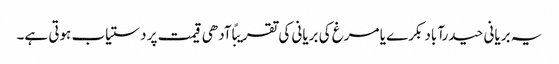
یہ بریانی حیدرآباد بکرے یا مرغ کی بریانی کی تقریبًا آدھی قیمت پر دستیاب ہوتی ہے۔